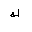
Letter: _kaf